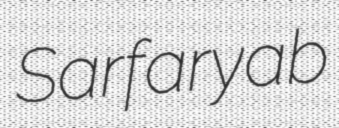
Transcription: Sarfaryab